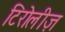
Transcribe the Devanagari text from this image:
टिरोलीज़